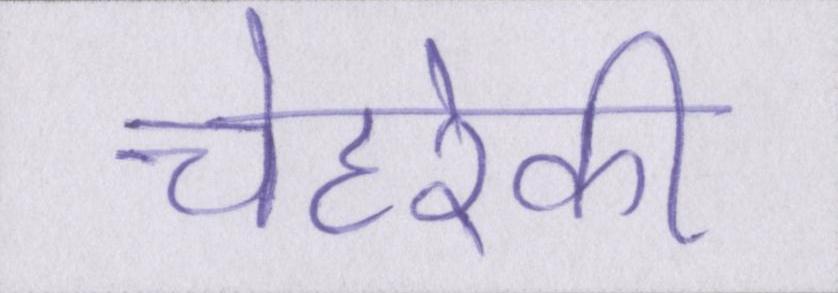
चेहरेकी